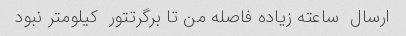
ارسال  ساعته زیاده فاصله من تا برگرتتور  کیلومتر نبود